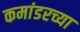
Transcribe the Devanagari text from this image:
कमांडरच्या